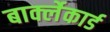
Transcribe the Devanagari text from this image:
बार्क्लेकार्ड